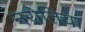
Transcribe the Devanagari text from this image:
नरोतिया